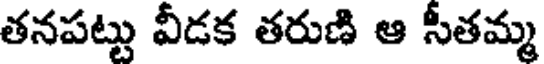
తనపట్టు వీడక తరుణి ఆ సీతమ్మ